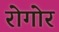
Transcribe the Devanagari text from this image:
रोगोर